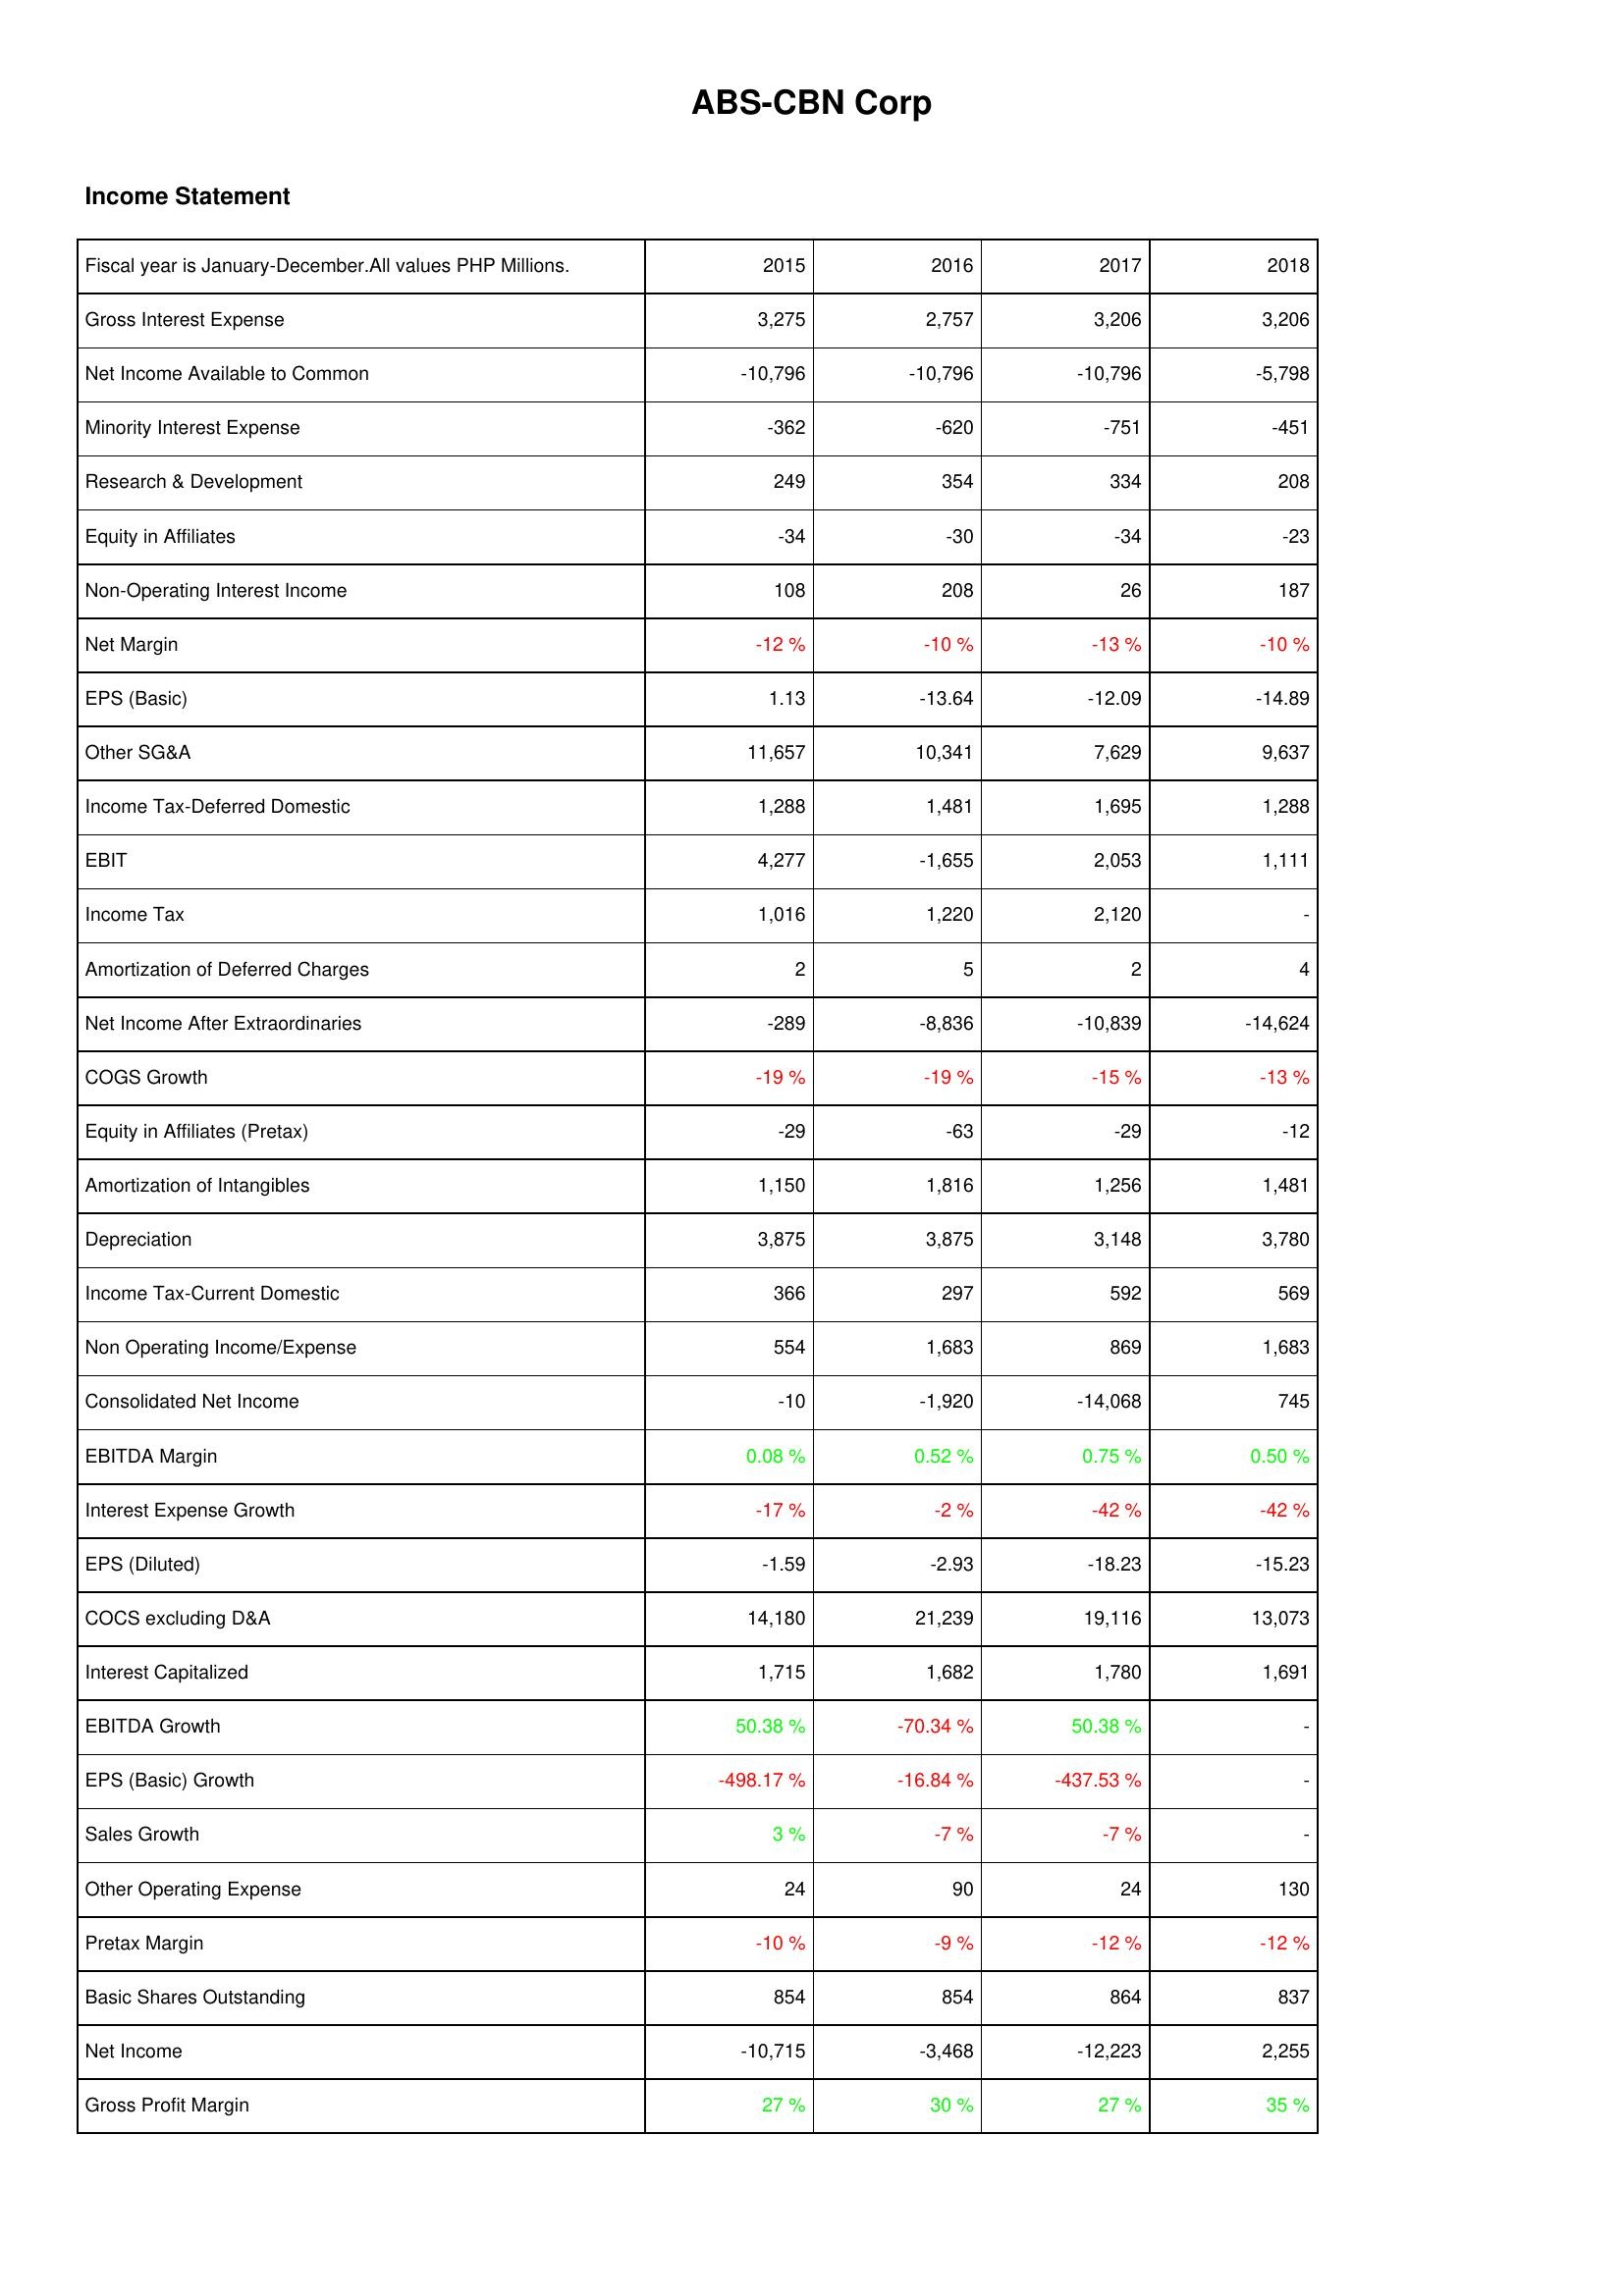
2015: Income Statement: Gross Interest Expense: 3,275
Net Income Available to Common: -10,796
Minority Interest Expense: -362
Research & Development: 249
Equity in Affiliates: -34
Non-Operating Interest Income: 108
Net Margin: -12 %
EPS (Basic): 1.13
Other SG&A: 11,657
Income Tax-Deferred Domestic: 1,288
EBIT: 4,277
Income Tax: 1,016
Amortization of Deferred Charges: 2
Net Income After Extraordinaries: -289
COGS Growth: -19 %
Equity in Affiliates (Pretax): -29
Amortization of Intangibles: 1,150
Depreciation: 3,875
Income Tax-Current Domestic: 366
Non Operating Income/Expense: 554
Consolidated Net Income: -10
EBITDA Margin: 0.08 %
Interest Expense Growth: -17 %
EPS (Diluted): -1.59
COCS excluding D&A: 14,180
Interest Capitalized: 1,715
EBITDA Growth: 50.38 %
EPS (Basic) Growth: -498.17 %
Sales Growth: 3 %
Other Operating Expense: 24
Pretax Margin: -10 %
Basic Shares Outstanding: 854
Net Income: -10,715
Gross Profit Margin: 27 %
2016: Income Statement: Gross Interest Expense: 2,757
Net Income Available to Common: -10,796
Minority Interest Expense: -620
Research & Development: 354
Equity in Affiliates: -30
Non-Operating Interest Income: 208
Net Margin: -10 %
EPS (Basic): -13.64
Other SG&A: 10,341
Income Tax-Deferred Domestic: 1,481
EBIT: -1,655
Income Tax: 1,220
Amortization of Deferred Charges: 5
Net Income After Extraordinaries: -8,836
COGS Growth: -19 %
Equity in Affiliates (Pretax): -63
Amortization of Intangibles: 1,816
Depreciation: 3,875
Income Tax-Current Domestic: 297
Non Operating Income/Expense: 1,683
Consolidated Net Income: -1,920
EBITDA Margin: 0.52 %
Interest Expense Growth: -2 %
EPS (Diluted): -2.93
COCS excluding D&A: 21,239
Interest Capitalized: 1,682
EBITDA Growth: -70.34 %
EPS (Basic) Growth: -16.84 %
Sales Growth: -7 %
Other Operating Expense: 90
Pretax Margin: -9 %
Basic Shares Outstanding: 854
Net Income: -3,468
Gross Profit Margin: 30 %
2017: Income Statement: Gross Interest Expense: 3,206
Net Income Available to Common: -10,796
Minority Interest Expense: -751
Research & Development: 334
Equity in Affiliates: -34
Non-Operating Interest Income: 26
Net Margin: -13 %
EPS (Basic): -12.09
Other SG&A: 7,629
Income Tax-Deferred Domestic: 1,695
EBIT: 2,053
Income Tax: 2,120
Amortization of Deferred Charges: 2
Net Income After Extraordinaries: -10,839
COGS Growth: -15 %
Equity in Affiliates (Pretax): -29
Amortization of Intangibles: 1,256
Depreciation: 3,148
Income Tax-Current Domestic: 592
Non Operating Income/Expense: 869
Consolidated Net Income: -14,068
EBITDA Margin: 0.75 %
Interest Expense Growth: -42 %
EPS (Diluted): -18.23
COCS excluding D&A: 19,116
Interest Capitalized: 1,780
EBITDA Growth: 50.38 %
EPS (Basic) Growth: -437.53 %
Sales Growth: -7 %
Other Operating Expense: 24
Pretax Margin: -12 %
Basic Shares Outstanding: 864
Net Income: -12,223
Gross Profit Margin: 27 %
2018: Income Statement: Gross Interest Expense: 3,206
Net Income Available to Common: -5,798
Minority Interest Expense: -451
Research & Development: 208
Equity in Affiliates: -23
Non-Operating Interest Income: 187
Net Margin: -10 %
EPS (Basic): -14.89
Other SG&A: 9,637
Income Tax-Deferred Domestic: 1,288
EBIT: 1,111
Income Tax: -
Amortization of Deferred Charges: 4
Net Income After Extraordinaries: -14,624
COGS Growth: -13 %
Equity in Affiliates (Pretax): -12
Amortization of Intangibles: 1,481
Depreciation: 3,780
Income Tax-Current Domestic: 569
Non Operating Income/Expense: 1,683
Consolidated Net Income: 745
EBITDA Margin: 0.50 %
Interest Expense Growth: -42 %
EPS (Diluted): -15.23
COCS excluding D&A: 13,073
Interest Capitalized: 1,691
EBITDA Growth: -
EPS (Basic) Growth: -
Sales Growth: -
Other Operating Expense: 130
Pretax Margin: -12 %
Basic Shares Outstanding: 837
Net Income: 2,255
Gross Profit Margin: 35 %